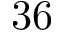
3 6